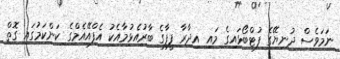
ނަމަވެސް ދުނިޔޭގެ ފުޓްބޯޅައިގެ މައި އިދާރާ ފީފާާގެ ބާރުއެޅުމާއެކު އެފްއޭއެމްގެ ކަންކަމުގައި ގޮތް